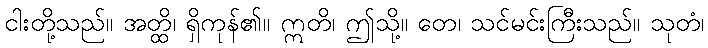
ငါးတို့သည်။ အတ္ထိ၊ ရှိကုန်၏။ ဣတိ၊ ဤသို့။ တေ၊ သင်မင်းကြီးသည်။ သုတံ၊